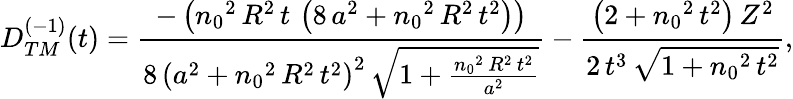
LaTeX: \begin{array}{c}{{D_{TM}^{(-1)}(t)=\displaystyle{\frac{-\left({n_{0}}^{2}\, R^{2}\, t\, \left(8\, a^{2}+{n_{0}}^{2}\, R^{2}\, t^{2}\right)\right)}{8\, {\left(a^{2}+{n_{0}}^{2}\, R^{2}\, t^{2}\right)}^{2}\, {\sqrt{1+\frac{{n_{0}}^{2}\, R^{2}\, t^{2}}{a^{2}}}}}-\frac{\left(2+{n_{0}}^{2}\, t^{2}\right)\, Z^{2}}{2\, t^{3}\, {\sqrt{1+{n_{0}}^{2}\, t^{2}}}}},}}\end{array}